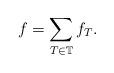
LaTeX: \begin{align*} f = \sum_{T \in \mathbb T} f_T.\end{align*}